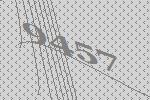
9457